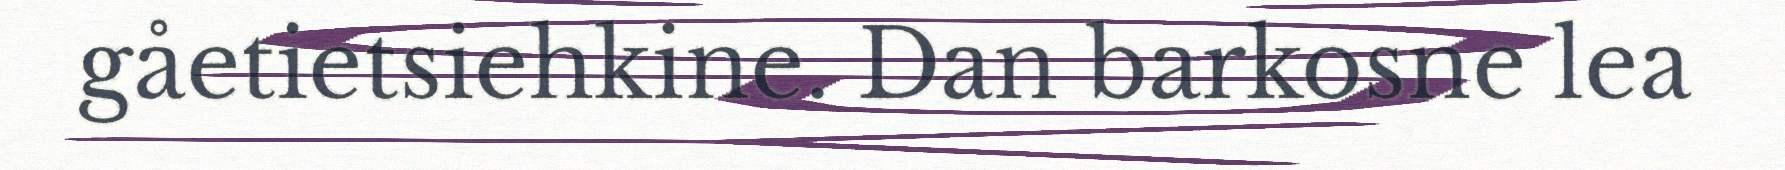
gåetietsiehkine. Dan barkosne lea